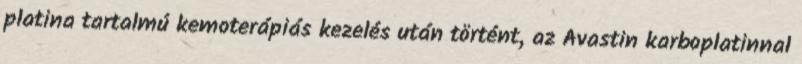
platina tartalmú kemoterápiás kezelés után történt, az Avastin karboplatinnal